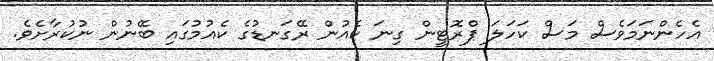
އެހެންނަމަވެސް މަސް ކަހަލަ ޕްރޮޓީން ގިނަ ކެއުން ރޭގަނޑުގެ ކެއުމުގައި ބޭނުން ނުކުރާށެވެ.